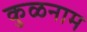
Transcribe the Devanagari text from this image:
कुळनाम